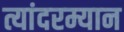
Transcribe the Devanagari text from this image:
त्यांदरम्यान